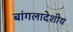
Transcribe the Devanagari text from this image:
बांगलादेशीय